Calcutta medical institutions reports 1892-1900
Year: 1892
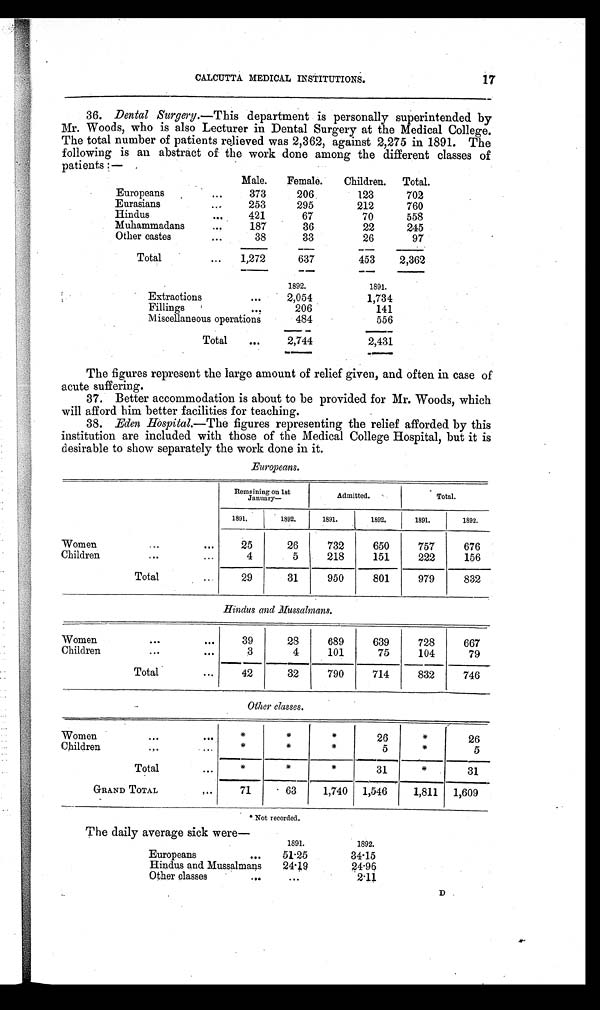
17
CALCUTTA MEDICAL INSTITUTIONS.
36. Dental Surgery .—This department is personally superintended by
Mr. Woods, who is also Lecturer in Dental Surgery at the Medical College.
The total number of patients relieved was 2,362, against 2,275 in 1891. The
following is an abstract of the work done among the different classes of
pa tients:—
Male.
Female.
Children.
Total.
Europeans
...
373
206
123
702
Eurasians
...
253
295
212
760
Hindus
...
421
67
70
558
Muhammadans
...
187
36
22
245
Other castes
. . .
38
33
26
97
Total
...
1,272
637
453
2,362
1892.
1891.
Extractions
. . .
2,054
1,734
Fillings
. . .
206
141
Miscellaneous operations
484
556
Total
...
2,744
2,431
The figures represent the large amount of relief given, and often in case of
acute suffering.
37. Better accommodation is about to be provided for Mr. Woods, which
will afford him better facilities for teaching.
38. Eden Hospital.—The figures representing the relief afforded by this
institution are included with those of the Medical College Hospital, but it is
desirable to show separately the work done in it.
Europeans.
Remaining on 1st
January—
Admitted.
Total.
1891.
1892.
1891.
1892.
1891.
1892.
Women
...
...
25
26
732
650
757
676
Children
...
...
4
5
218
151
222
156
Total
...
29
31
950
801
979
832
Hindus and Mussalmans.
Women
. . .
...
39
28
689
639
728
667
Children
. . .
. . .
3
4
101
75
104
79
Total
...
42
32
790
714
832
746
Other classes .
Women
. . .
. . .
*
*
*
26
*
26
Children
...
...
*
*
*
5
*
5
Total
. . .
*
*
*
31 *
31
GRAND TOTAL
. . .
71
63
1,740
1,546
1,811
1,609
* Not recorded.
The daily average sick were—
1891.
1892.
Europeans
...
51.25
34.15
Hindus and Mussalmans
24.19
24.96
Other classes
...
. . .
2.11
D